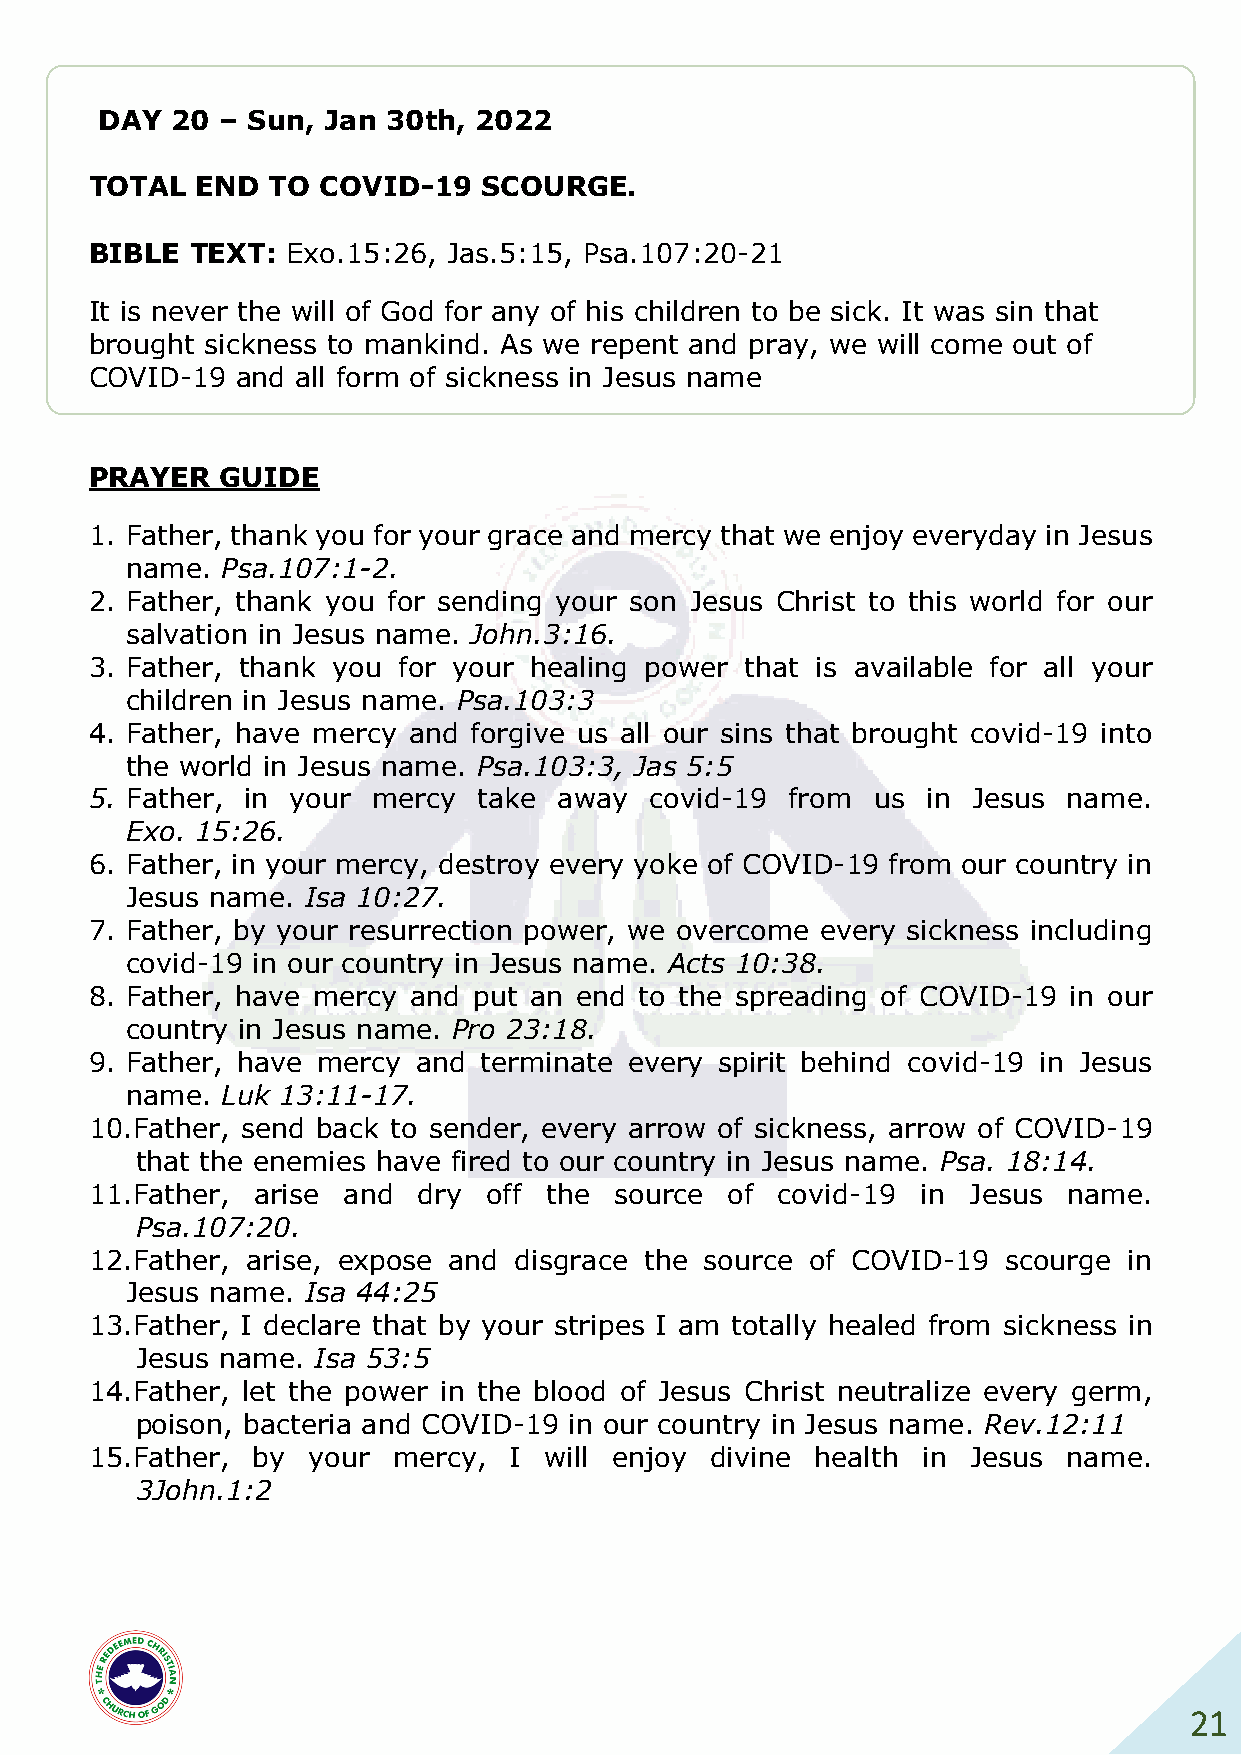
DAY 20 – Sun, Jan  30th, 2022
 TOTAL  END  TO COVID-19   SCOURGE.
 BIBLE  TEXT: Exo.15:26, Jas.5:15, Psa.107:20-21
 It is never the will of God for any of his children to be sick. It was sin that
 brought sickness to mankind. As we repent and pray, we will come out of
 COVID-19  and all form of sickness in Jesus name
 PRAYER   GUIDE
 1. Father, thank you for your grace and mercy that we enjoy everyday in Jesus
 name.  Psa.107:1-2.
 2. Father, thank you for sending your son Jesus Christ to this world for our
 salvation in Jesus name. John.3:16.
 3. Father, thank you for your healing power that is available for all your
 children in Jesus name. Psa.103:3
 4. Father, have mercy and forgive us all our sins that brought covid-19 into
 the world in Jesus name. Psa.103:3, Jas 5:5
 5. Father, in your mercy  take away  covid-19 from  us in Jesus  name.
 Exo. 15:26.
 6. Father, in your mercy, destroy every yoke of COVID-19 from our country in
 Jesus name. Isa 10:27.
 7. Father, by your resurrection power, we overcome every sickness including
 covid-19 in our country in Jesus name. Acts 10:38.
 8. Father, have mercy and put an end to the spreading of COVID-19 in our
 country in Jesus name. Pro 23:18.
 9. Father, have mercy and terminate every spirit behind covid-19 in Jesus
 name.  Luk 13:11-17.
 10. Father, send back to sender, every arrow of sickness, arrow of COVID-19
 that the enemies have fired to our country in Jesus name. Psa. 18:14.
 11. Father, arise and dry off the  source of  covid-19 in Jesus  name.
 Psa.107:20.
 12. Father, arise, expose and disgrace the source of COVID-19 scourge in
 Jesus name. Isa 44:25
 13. Father, I declare that by your stripes I am totally healed from sickness in
 Jesus name. Isa 53:5
 14. Father, let the power in the blood of Jesus Christ neutralize every germ,
 poison, bacteria and COVID-19 in our country in Jesus name. Rev.12:11
 15. Father, by your mercy,  I will enjoy divine health in Jesus  name.
 3John.1:2
 21